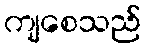
ကျစေသည်